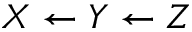
X \leftarrow Y \leftarrow Z